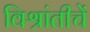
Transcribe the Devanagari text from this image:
विश्रांतीचें